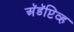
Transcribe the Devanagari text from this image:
अॅडॅप्टिव्ह